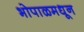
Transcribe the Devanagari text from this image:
भोपाळमधून